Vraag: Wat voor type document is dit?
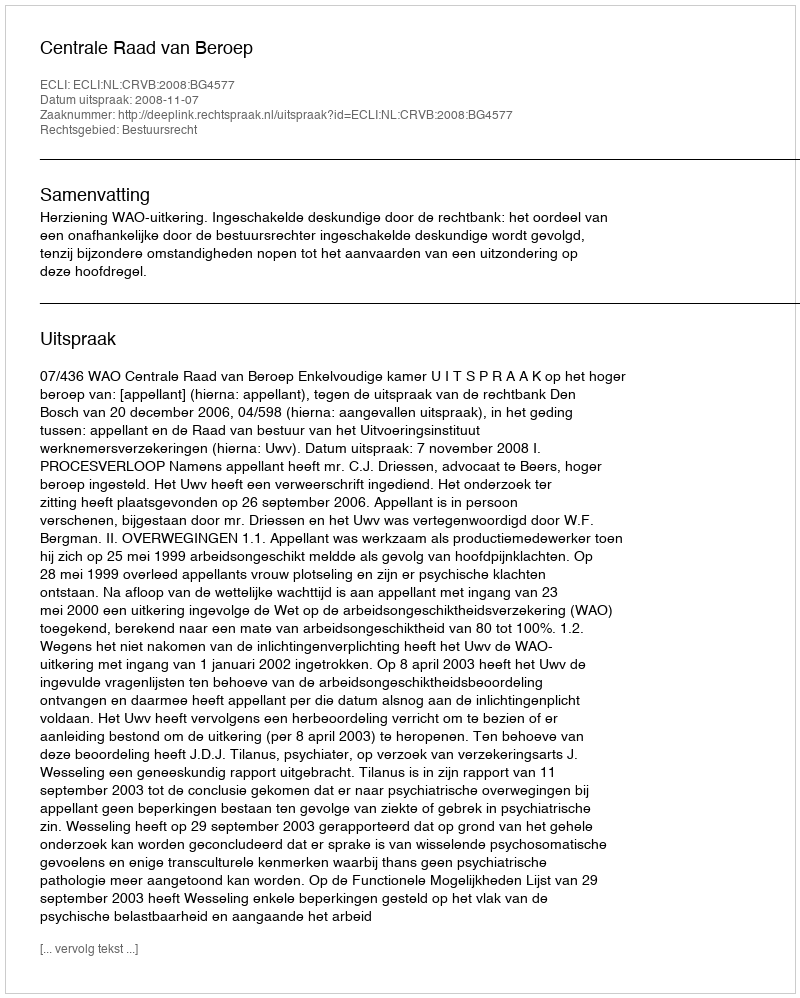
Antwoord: Uitspraak